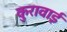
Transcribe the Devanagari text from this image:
कुरावाई